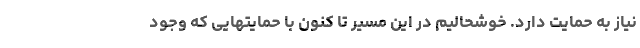
نیاز به حمایت دارد. خوشحالیم در این مسیر تا کنون با حمایتهایی که وجود